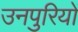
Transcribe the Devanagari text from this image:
उनपुरियों